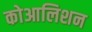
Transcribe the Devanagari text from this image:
कोआलिशन